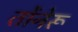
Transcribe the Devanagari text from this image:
तोंनेरू